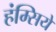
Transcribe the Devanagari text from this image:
हंम्सिये